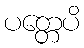
ပတ္တေပိ